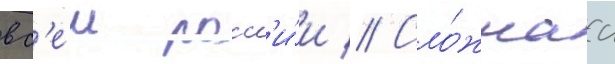
вс'еи росс'и́и // Сло́жнаа